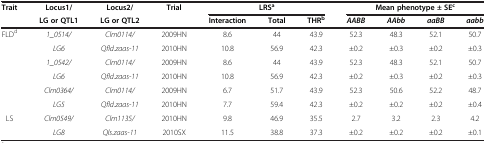
<table><thead><tr><td><b>Trait</b></td><td><b>Locus1/</b></td><td><b>Locus2/</b></td><td><b>Trial</b></td><td colspan="3"><b>LRS<sup>a</sup></b></td><td colspan="4"><b>Mean phenotype ± SE<sup>c</sup></b></td></tr><tr><td><b> </b></td><td><b>LG or QTL1</b></td><td><b>LG or QTL2</b></td><td><b> </b></td><td><b>Interaction</b></td><td><b>Total</b></td><td><b>THR<sup>b</sup></b></td><td><b><i>AABB</i></b></td><td><b><i>AAbb</i></b></td><td><b><i>aaBB</i></b></td><td><b><i>aabb</i></b></td></tr></thead><tbody><tr><td rowspan="6">FLD<sup>d</sup></td><td><i>1_0514/</i></td><td><i>Clm0114/</i></td><td>2009HN</td><td>8.6</td><td>44</td><td>43.9</td><td>52.3</td><td>48.3</td><td>52.1</td><td>50.7</td></tr><tr><td><i>LG6</i></td><td><i>Qfld.zaas-11</i></td><td>2010HN</td><td>10.8</td><td>56.9</td><td>42.3</td><td>±0.2</td><td>±0.3</td><td>±0.2</td><td>±0.3</td></tr><tr><td><i>1_0542/</i></td><td><i>Clm0114/</i></td><td>2009HN</td><td>8.6</td><td>44</td><td>43.9</td><td>52.3</td><td>48.3</td><td>52.1</td><td>50.7</td></tr><tr><td><i>LG6</i></td><td><i>Qfld.zaas-11</i></td><td>2010HN</td><td>10.8</td><td>56.9</td><td>42.3</td><td>±0.2</td><td>±0.3</td><td>±0.2</td><td>±0.3</td></tr><tr><td><i>Clm0364/</i></td><td><i>Clm0114/</i></td><td>2009HN</td><td>6.7</td><td>51.7</td><td>43.9</td><td>52.3</td><td>50.6</td><td>52.2</td><td>48.7</td></tr><tr><td><i>LG5</i></td><td><i>Qfld.zaas-11</i></td><td>2010HN</td><td>7.7</td><td>59.4</td><td>42.3</td><td>±0.2</td><td>±0.2</td><td>±0.2</td><td>±0.4</td></tr><tr><td>LS</td><td><i>Clm0549/</i></td><td><i>Clm1135/</i></td><td>2010HN</td><td>9.8</td><td>46.9</td><td>35.5</td><td>2.7</td><td>3.2</td><td>2.3</td><td>4.2</td></tr><tr><td> </td><td><i>LG8</i></td><td><i>Qls.zaas-11</i></td><td>2010SX</td><td>11.5</td><td>38.8</td><td>37.3</td><td>±0.2</td><td>±0.2</td><td>±0.2</td><td>±0.1</td></tr></tbody></table>